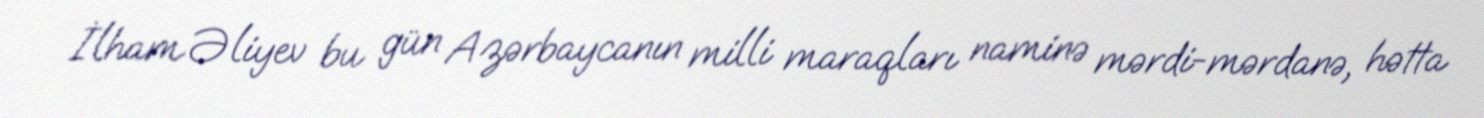
İlham Əliyev bu gün Azərbaycanın milli maraqları naminə mərdi-mərdanə, hətta